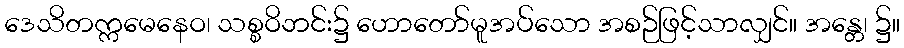
ဒေသိတက္ကမေနေဝ၊ သစ္စဝိဘင်း၌ ဟောတော်မူအပ်သော အစဉ်ဖြင့်သာလျှင်။ အန္တေ၊ ၌။